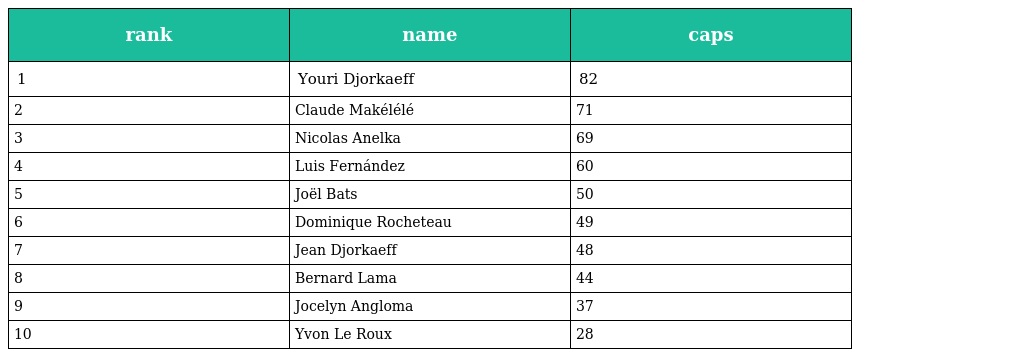
| rank | name | caps |
 | --- | --- | --- |
 | 1 | Youri Djorkaeff | 82 |
 | 2 | Claude Makélélé | 71 |
 | 3 | Nicolas Anelka | 69 |
 | 4 | Luis Fernández | 60 |
 | 5 | Joël Bats | 50 |
 | 6 | Dominique Rocheteau | 49 |
 | 7 | Jean Djorkaeff | 48 |
 | 8 | Bernard Lama | 44 |
 | 9 | Jocelyn Angloma | 37 |
 | 10 | Yvon Le Roux | 28 |